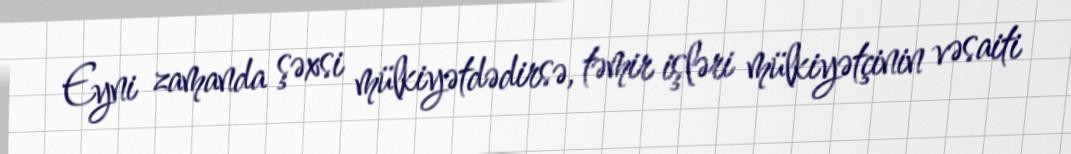
Eyni zamanda şəxsi mülkiyətdədirsə, təmir işləri mülkiyətçinin vəsaiti